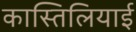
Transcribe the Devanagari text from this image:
कास्तिलियाई